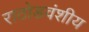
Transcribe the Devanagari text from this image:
राठोडवंशीय